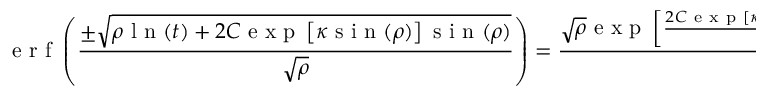
\mathrm { ~ e ~ r ~ f ~ } \left( \frac { \pm \sqrt { \rho \mathrm { ~ l ~ n ~ } ( t ) + 2 C \mathrm { ~ e ~ x ~ p ~ } \left[ \kappa \mathrm { ~ s ~ i ~ n ~ } ( \rho ) \right] \mathrm { ~ s ~ i ~ n ~ } ( \rho ) } } { \sqrt { \rho } } \right) = \frac { \sqrt { \rho } \mathrm { ~ e ~ x ~ p ~ } \left[ \frac { 2 C \mathrm { ~ e ~ x ~ p ~ } [ \kappa \mathrm { ~ s ~ i ~ n ~ } ( \rho ) ] \mathrm { ~ s ~ i ~ n ~ } ( \rho ) } { \rho } - \frac { \kappa \mathrm { ~ s ~ i ~ n ~ } ( \rho ) } { 2 } \right] a ( t ) } { \sqrt { \pi } \sqrt { \mathrm { ~ s ~ i ~ n ~ } ( \rho ) } } + C _ { 1 }